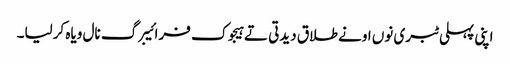
اپنی پہلی ٹبری نوں اونے طلاق دیدتی تے ہیجوک فرائیبرگ نال ویاہ کرلیا۔